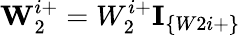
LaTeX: \textbf{W}_{2}^{i+}=W_{2}^{i+}\textbf{I}_{\{ W2i+\} }